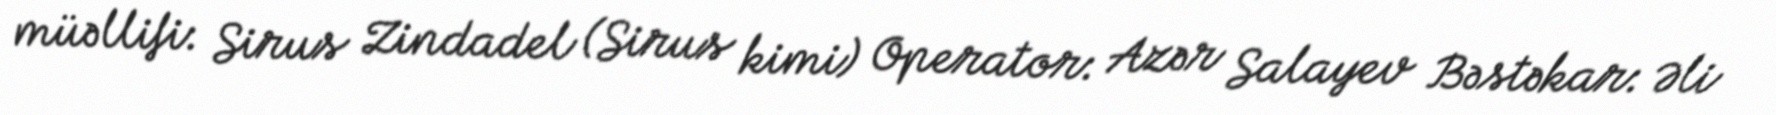
müəllifi: Sirus Zindadel (Sirus kimi) Operator: Azər Salayev Bəstəkar: Əli